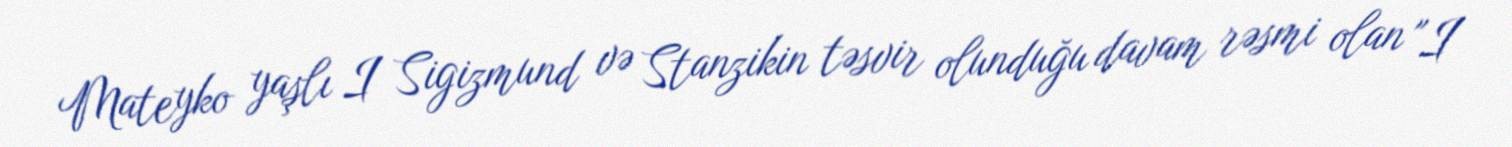
Mateyko yaşlı I Sigizmund və Stanzikin təsvir olunduğu davam rəsmi olan "I